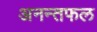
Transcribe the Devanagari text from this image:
अनन्तफल